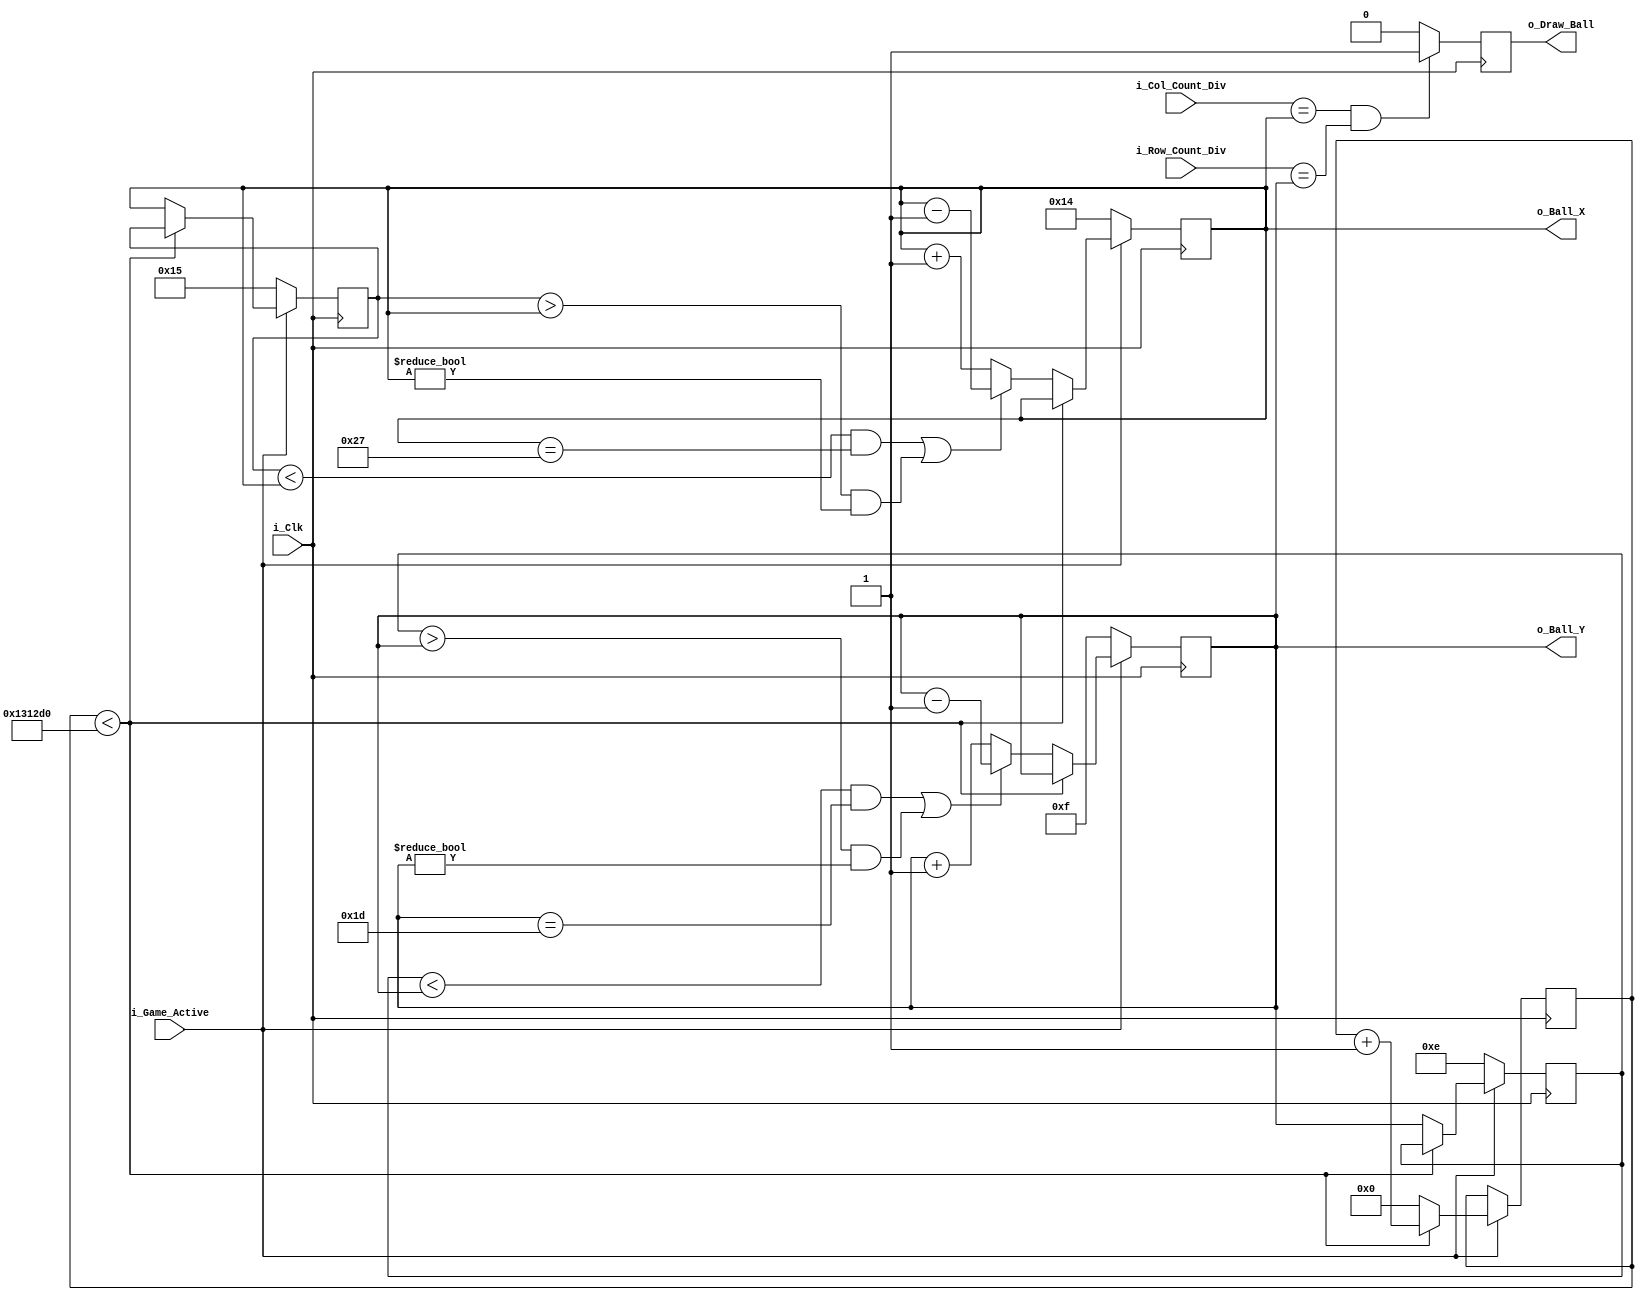
module Pong_Ball_Ctrl 
	#(parameter c_GAME_WIDTH = 40,
	  parameter c_GAME_HEIGHY = 30)
	 (input			i_Clk,
	  input			i_Game_Active,
	  input			i_Col_Count_Div,
	  input			i_Row_Count_Div,
	  output reg 	o_Draw_Ball,
	  output reg [5:0] o_Ball_X = 0,
	  output reg [5:0] o_Ball_Y = 0);
	  
	  
	  // Prdkosc poruszania sie piki
	  // 50 ms
	  parameter c_BALL_SPEED = 1250000;
	  
	  reg [5:0] r_Ball_X_Prev = 0;
	  reg [5:0] r_Ball_Y_Prev = 0;
	  reg [31:0] r_Ball_Count = 0;
	  
	  
	always @(posedge i_Clk)
	begin
		// Jeli gra nie jest aktywan
		if( i_Game_Active == 1'b0)
		begin
			// Ustawiamy pozycj pocztkowa piki
			o_Ball_X 	<= c_GAME_WIDTH /2;
			o_Ball_Y	<= c_GAME_HEIGHY /2;
			r_Ball_X_Prev <= c_GAME_WIDTH/2 +1;
			r_Ball_Y_Prev <= c_GAME_HEIGHY/2 -1;
		end // i_Game_Active == 1
		
		// Jeli gra jest aktywna. Zwikszaj za kadym razem licznik piki.
		// Jeli licznik == limit, to zrb ruch
		else 
		begin
			if(r_Ball_Count < c_BALL_SPEED) r_Ball_Count <= r_Ball_Count +1;
			else
			begin		
				r_Ball_Count <= 0;
				
				// Zapisz aktuale pooenie piki
				r_Ball_X_Prev <= o_Ball_X;
				r_Ball_Y_Prev <= o_Ball_Y;
				
				//Jeli poprzednie pooenie < aktualne to przesuwamy w prawo
				// Przesuwamy dopki nie natrafimy na sciane.
				// Jeli poprzednie pooneie > aktualne, przesuwamy w lewo
				if((r_Ball_X_Prev < o_Ball_X && o_Ball_X == c_GAME_WIDTH-1) || 
				   (r_Ball_X_Prev > o_Ball_X && o_Ball_X != 0))
				   o_Ball_X <= o_Ball_X - 1;
				else o_Ball_X <= o_Ball_X + 1;

				if((r_Ball_Y_Prev < o_Ball_Y && o_Ball_Y == c_GAME_HEIGHY-1) ||
				   (r_Ball_Y_Prev > o_Ball_Y && o_Ball_Y !=0))
				   o_Ball_Y <= o_Ball_Y - 1;
				else o_Ball_Y <= o_Ball_Y + 1;
				
			end // r_Ball_Count == c_BALL_SPEED
			
		end // else
	
	end // always
	
	// Rysuj
	always @(posedge i_Clk)
	begin
		if(i_Col_Count_Div == o_Ball_X && i_Row_Count_Div == o_Ball_Y)
		o_Draw_Ball <= 1'b1;
		else o_Draw_Ball <= 1'b0;
	end
	
	
endmodule